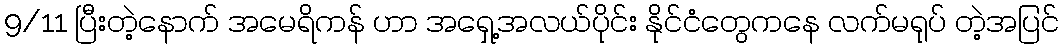
9/11 ပြီးတဲ့နောက် အမေရိကန် ဟာ အရှေ့အလယ်ပိုင်း နိုင်ငံတွေကနေ လက်မရုပ် တဲ့အပြင်